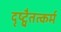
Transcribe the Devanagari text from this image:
दृष्ट्वैतत्कर्म